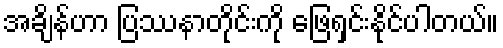
အချိန်ဟာ ပြဿနာတိုင်းကို ဖြေရှင်းနိုင်ပါတယ်။